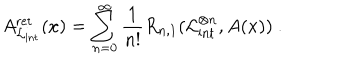
LaTeX: A _ { \mathcal { L } _ { \mathrm { i n t } } } ^ { \mathrm { r e t } } ( x ) = \sum _ { n = 0 } ^ { \infty } \frac { 1 } { n ! } R _ { n , 1 } ( \mathcal { L } _ { \mathrm { i n t } } ^ { \otimes n } , A ( x ) ) \ .